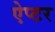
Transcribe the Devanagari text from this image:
ऐप्टर